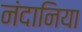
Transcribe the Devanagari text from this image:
नंदानिया